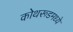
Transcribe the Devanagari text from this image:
कोथरूडमध्ये